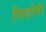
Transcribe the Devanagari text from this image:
गिर्दानी